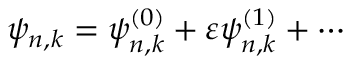
\psi _ { n , k } = \psi _ { n , k } ^ { ( 0 ) } + \varepsilon \psi _ { n , k } ^ { ( 1 ) } + \cdots